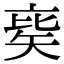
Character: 𥏉